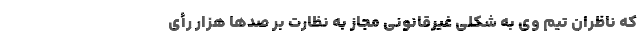
که ناظران تیم وی به شکلی غیرقانونی مجاز به نظارت بر صدها هزار رأی